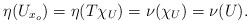
LaTeX: \begin{align*}\eta(U_{x_o}) = \eta(T\chi_U) = \nu(\chi_U) = \nu(U).\end{align*}